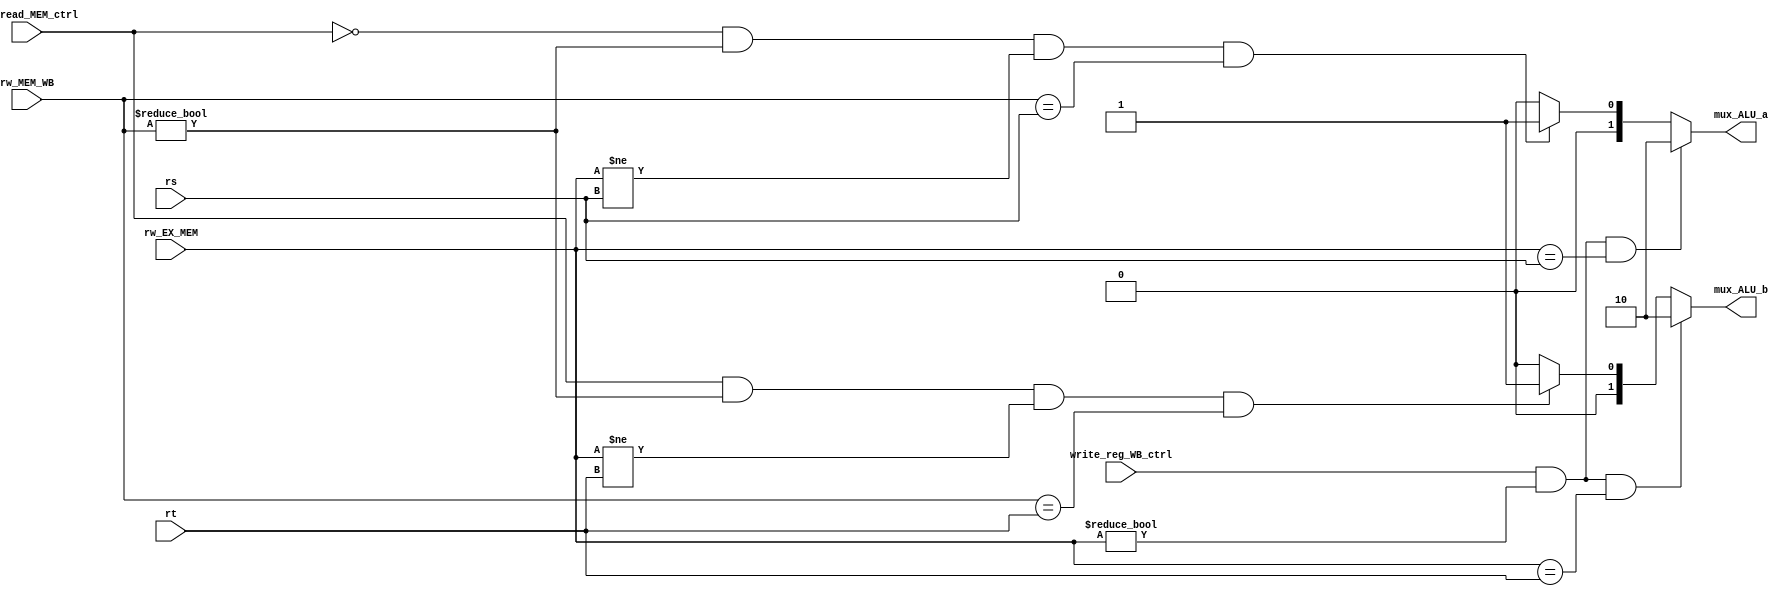
`timescale 1ns / 1ps
//////////////////////////////////////////////////////////////////////////////////
// Company: 
// Engineer: 
// 
// Design Name: 
// Module Name:    forwarding_unit 
// Project Name: 
// Target Devices: 
// Tool versions: 
// Description: 
//
// Dependencies: 
//
// Revision: 
// Revision 0.01 - File Created
// Additional Comments: 
//
//////////////////////////////////////////////////////////////////////////////////
module forwarding_unit(input [4:0] rt,
							  input [4:0] rs,
							  input [4:0] rw_EX_MEM,
							  input [4:0] rw_MEM_WB,
							  input mem_read_MEM_ctrl,
							  input write_reg_WB_ctrl,
							  output reg [1:0] mux_ALU_a,
							  output reg [1:0] mux_ALU_b);

//initial mux_ALU_a = 2'b00;
//initial mux_ALU_b = 2'b00;

	always @ (*)
	begin
		//mux_ALU_a = mux_ALU_a;
		//mux_ALU_b = mux_ALU_b;
		if((write_reg_WB_ctrl == 1)
		&& (rw_EX_MEM !=0) 
		&& (rw_EX_MEM == rs))
			mux_ALU_a = 2'b10;
		else if((mem_read_MEM_ctrl == 0) //Compara con cero porque con 1 escribe en memoria y con cero lee
				&& (rw_MEM_WB !=0) 
				&& (rw_EX_MEM != rs)//Control para los hazards de memoria cuando el resultado depende de la unidad de ejecucin
				&& (rw_MEM_WB == rs))
					mux_ALU_a = 2'b01;
		else 
			mux_ALU_a = 2'b00;
			
		if(write_reg_WB_ctrl 
			&& (rw_EX_MEM !=0) 
			&& (rw_EX_MEM == rt))
			mux_ALU_b = 2'b10;
		else if(mem_read_MEM_ctrl 
			&& (rw_MEM_WB !=0)
			&& (rw_EX_MEM != rt)//Control para los hazards de memoria cuando el resultado depende de la unidad de ejecucin
			&& (rw_MEM_WB == rt))
			mux_ALU_b = 2'b01;
		else
			mux_ALU_b = 2'b00;	
			
	end
endmodule